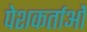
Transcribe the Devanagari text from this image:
पेशकर्ताओं